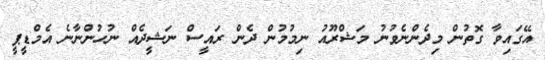
އޭގައިވާ ގޮތުން މިދެންނެވުނު މަޝްރޫއު ނިމުމުން ދެން ރައީސް ނަޝީދެއް ނުހުންނާނެ އެމްޑީޕީ